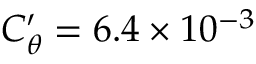
C _ { \theta } ^ { \prime } = 6 . 4 \times 1 0 ^ { - 3 }